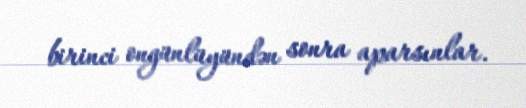
birinci ongünlüyündən sonra aparsınlar.